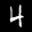
Label: 4